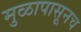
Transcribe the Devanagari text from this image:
मुळापासूनच